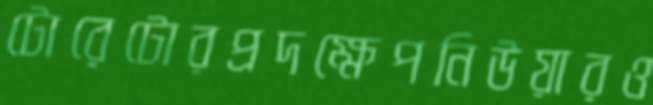
টোরেটোরপ্রদক্ষেপনিউয়ারও